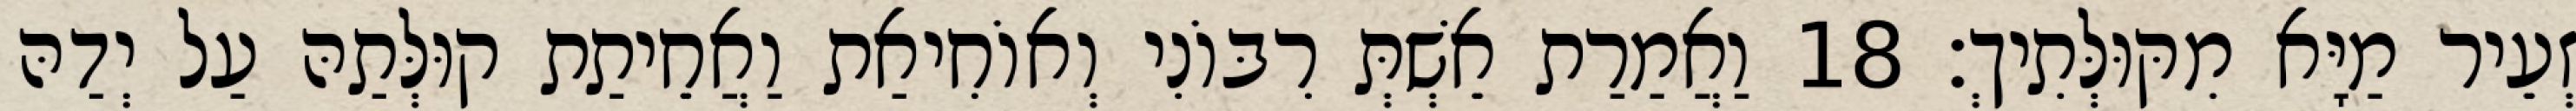
זְעֵיר מַיָּא מִקּוּלְּתִיךְ׃ 18 וַאֲמַרַת אֵשְׁתְּ רִבּוֹנִי וְאוֹחִיאַת וַאֲחֵיתַת קוּלְּתַהּ עַל יְדַהּ